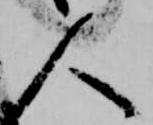
人